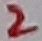
Text: 2